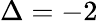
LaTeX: \Delta=-2